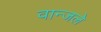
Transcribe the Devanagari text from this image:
वान्जले